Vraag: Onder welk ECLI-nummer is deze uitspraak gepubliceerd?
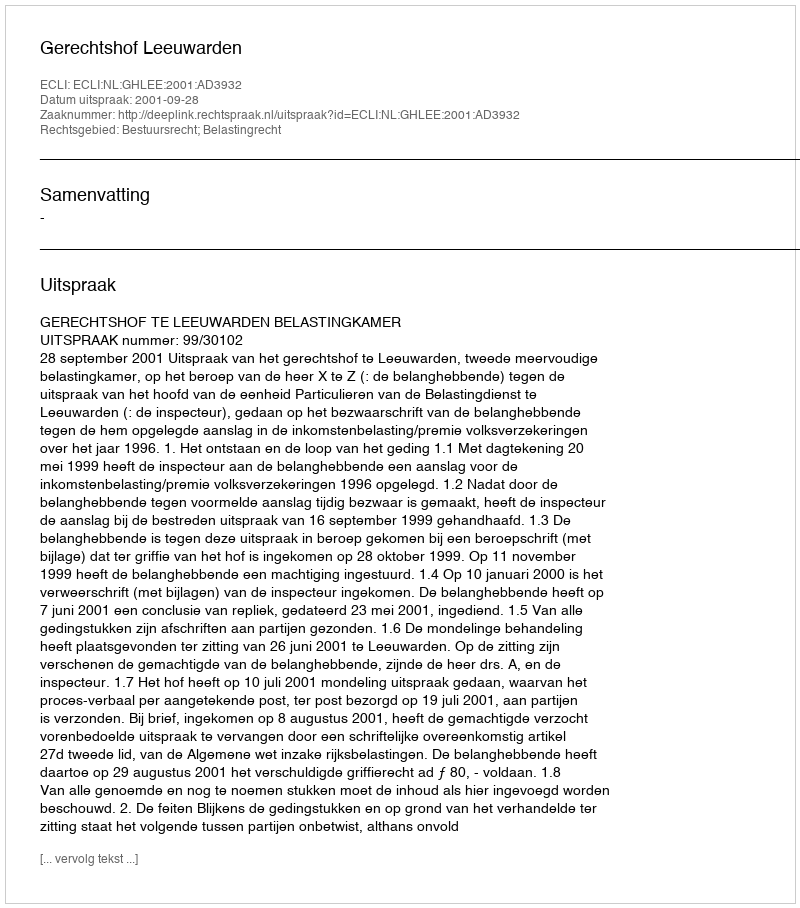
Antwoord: ECLI:NL:GHLEE:2001:AD3932